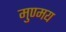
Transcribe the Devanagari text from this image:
मुण्मय